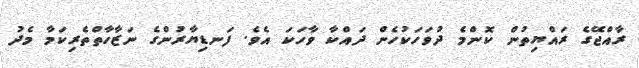
ރާއްޖޭގެ ރައްޔިތުން ކޮންމެ ދުވަހަކުހެން ދައްކާ ވާހަކަ އެވެ. ފަނޑިޔާރުންގެ ނަޒާހާތްތެރިކަމާ މެދު